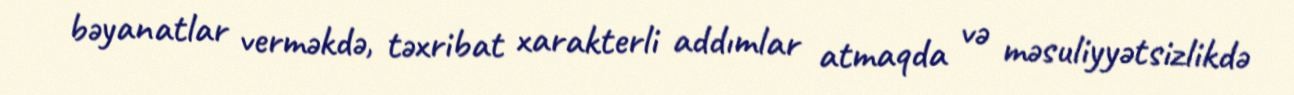
bəyanatlar verməkdə, təxribat xarakterli addımlar atmaqda və məsuliyyətsizlikdə